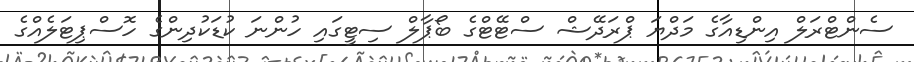
ސެންޓްރަލް އިންޑިއާގެ މަދްޔަ ޕްރަދޭޝް ސްޓޭޓްގެ ބޯޕާލް ސިޓީގައި ހުންނަ ކުޑަކުދިންގެ ހޮސްޕިޓަލެއްގެ